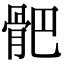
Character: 𩨜